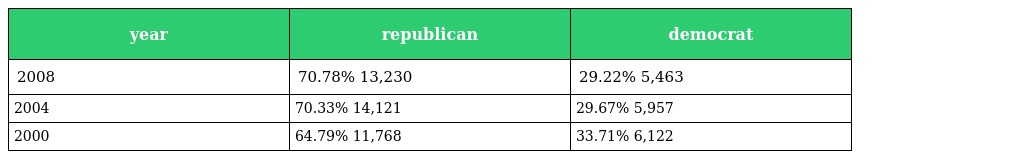
| year | republican | democrat |
 | --- | --- | --- |
 | 2008 | 70.78% 13,230 | 29.22% 5,463 |
 | 2004 | 70.33% 14,121 | 29.67% 5,957 |
 | 2000 | 64.79% 11,768 | 33.71% 6,122 |